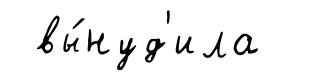
вы́нуд'ила